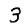
Digit: 3